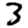
Digit: 3